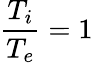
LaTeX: \frac{T_{i}}{T_{e}}=1